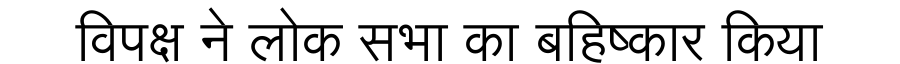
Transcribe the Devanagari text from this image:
विपक्ष ने लोक सभा का बहिष्कार किया